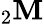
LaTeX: _{2}\mathbf{M}